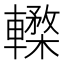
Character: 𨎸